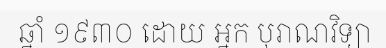
ឆ្នាំ ១៩៣០ ដោយ អ្នក បុរាណវិទ្យា